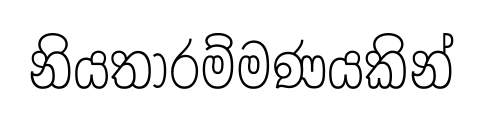
නියතාරම්මණයකින්